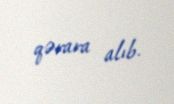
qərara alıb.